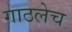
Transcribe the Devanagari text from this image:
गाठलेच